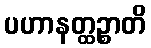
ပဟာနတ္ထဉ္စာတိ